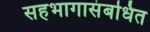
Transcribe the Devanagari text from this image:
सहभागासंबधित